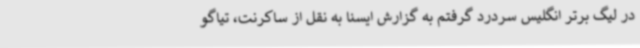
در لیگ برتر انگلیس سردرد گرفتم به گزارش ایسنا به نقل از ساکرنت، تیاگو